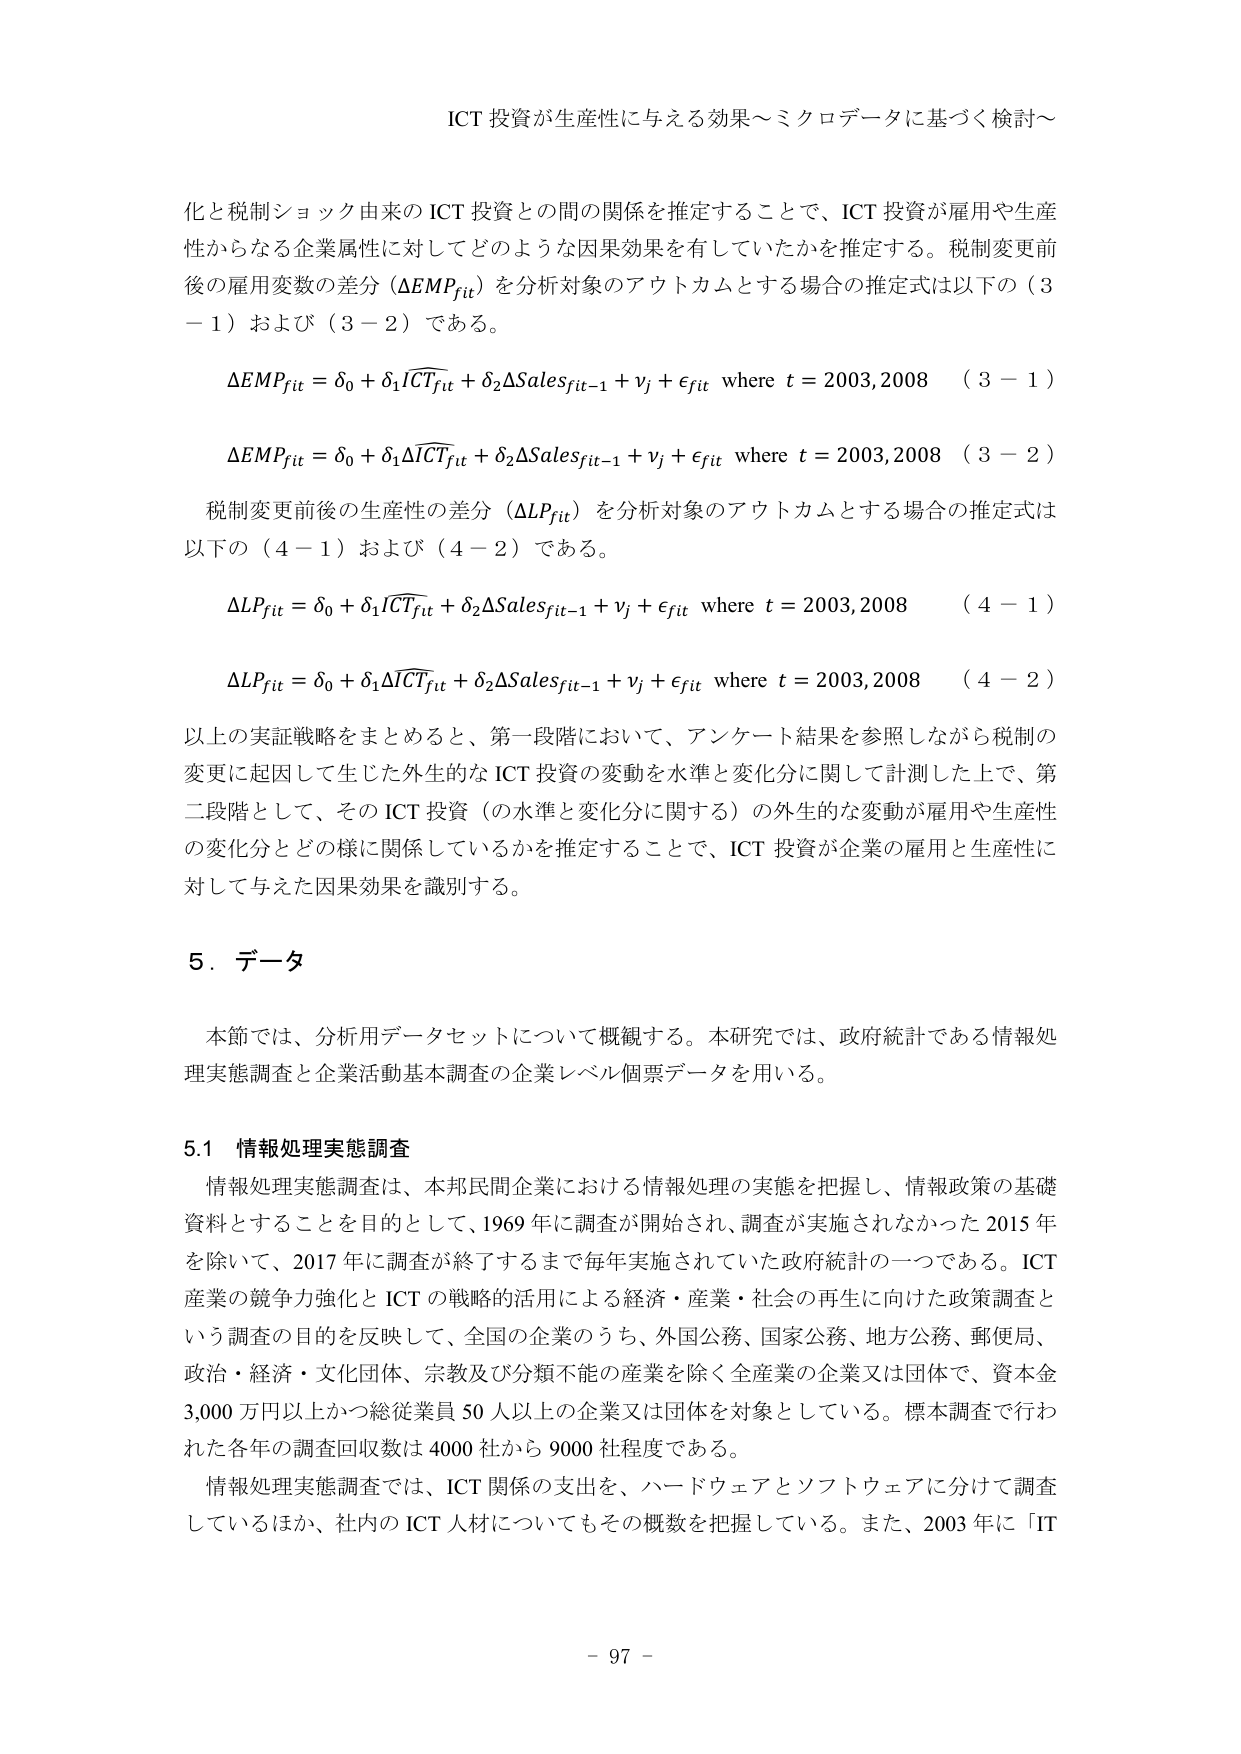
ICT 投資が生産性に与える効果～ミクロデータに基づく検討～

化と税制ショック由来の ICT 投資との間の関係を推定することで、ICT 投資が雇用や生産性からなる企業属性に対してどのような因果効果を有していたかを推定する。税制変更前後の雇用変数の差分（ΔEMPfit）を分析対象のアウトカムとする場合の推定式は以下の（3－1）および（3－2）である。

ΔEMPfit = δ0 + δ1ICTfit + δ2ΔSalesfit−1 + νj + εfit where t = 2003,2008 （3－1）

ΔEMPfit = δ0 + δ1ΔICTfit + δ2ΔSalesfit−1 + νj + εfit where t = 2003,2008 （3－2）

税制変更前後の生産性の差分（ΔLPfit）を分析対象のアウトカムとする場合の推定式は以下の（4－1）および（4－2）である。

ΔLPfit = δ0 + δ1ICTfit + δ2ΔSalesfit−1 + νj + εfit where t = 2003,2008 （4－1）

ΔLPfit = δ0 + δ1ΔICTfit + δ2ΔSalesfit−1 + νj + εfit where t = 2003,2008 （4－2）

以上の実証戦略をまとめると、第一段階において、アンケート結果を参照しながら税制の変更に起因して生じた外生的な ICT 投資の変動を水準と変化分に関して計測した上で、第二段階として、その ICT 投資（の水準と変化分に関する）の外生的な変動が雇用や生産性の変化分とどの様に関係しているかを推定することで、ICT 投資が企業の雇用と生産性に対して与えた因果効果を識別する。

5．データ

本節では、分析用データセットについて概観する。本研究では、政府統計である情報処理実態調査と企業活動基本調査の企業レベル個票データを用いる。

5.1 情報処理実態調査

情報処理実態調査は、本邦民間企業における情報処理の実態を把握し、情報政策の基礎資料とすることを目的として、1969 年に調査が開始され、調査が実施されなかった 2015 年を除いて、2017 年に調査が終了するまで毎年実施されていた政府統計の一つである。ICT 産業の競争力強化と ICT の戦略的活用による経済・産業・社会の再生に向けた政策調査という調査の目的を反映して、全国の企業のうち、外国公務、国家公務、地方公務、郵便局、政治・経済・文化団体、宗教及び分類不能の産業を除く全産業の企業又は団体で、資本金 3,000 万円以上かつ総従業員 50 人以上の企業又は団体を対象としている。標本調査で行われた各年の調査回収数は 4000 社から 9000 社程度である。

情報処理実態調査では、ICT 関係の支出を、ハードウェアとソフトウェアに分けて調査しているほか、社内の ICT 人材についてもその概数を把握している。また、2003 年に「IT

－ 97 －